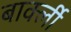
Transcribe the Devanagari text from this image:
बार्क्ली